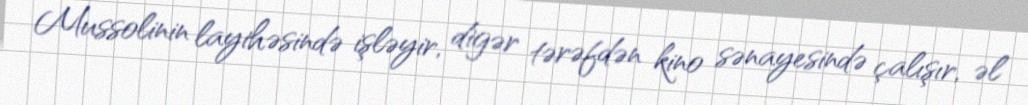
Mussolinin layihəsində işləyir, digər tərəfdən kino sənayesində çalışır, əl